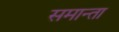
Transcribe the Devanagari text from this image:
समान्ता